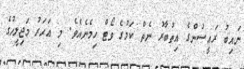
ނައިބު ރައީސުންގެ އިތުބާރު ނެތް ކަމުގެ ވޯޓް ހިމެނެއެވެ. މި އަހަރު މަޖިލީހުގެ